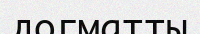
догматты